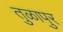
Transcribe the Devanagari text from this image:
तुळापुर